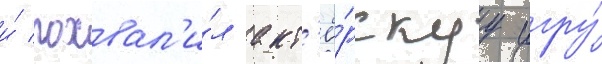
и́ похвал'и́л акт'ё́рскуу игру́